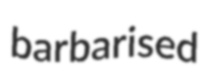
barbarised